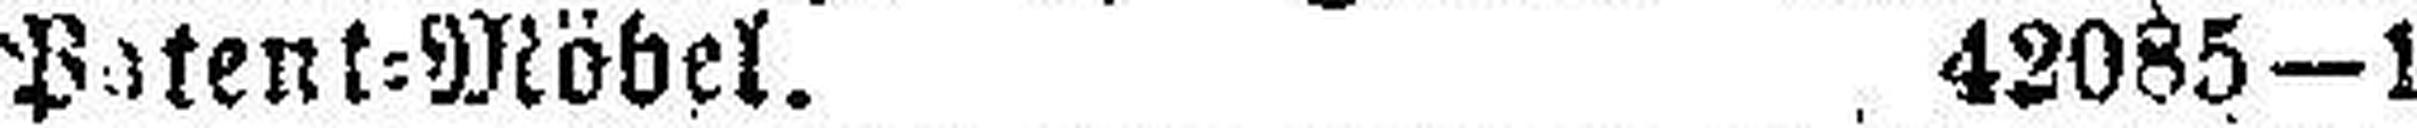
Patent=Möbel. 42085—1